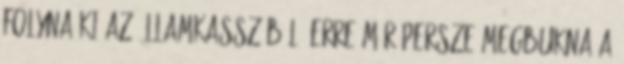
folyna ki az államkasszából. Erre már persze megbukna a